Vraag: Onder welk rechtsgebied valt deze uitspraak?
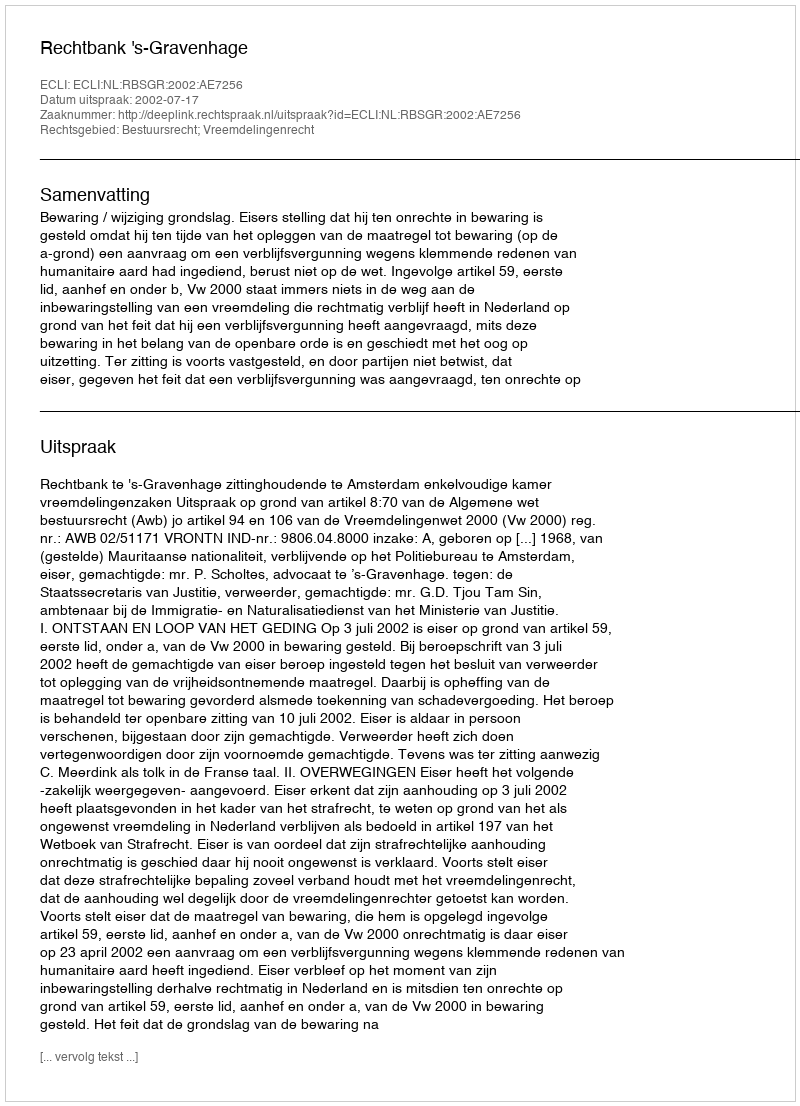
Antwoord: Bestuursrecht; Vreemdelingenrecht